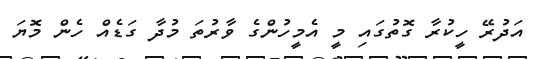
އަދުރޭ ހީކުރާ ގޮތުގައި މީ އެމީހުންގެ ވާރުތަ މުދާ ގަޑެއް ހެން މޮޔަ